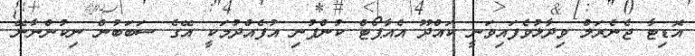
އޮޑިޓާ ޖެނެރަލް ވިދާޅުވެފައިވަނީ ކައްދޫ އެއާޕޯޓް ކުންފުނި އުފެއްދުމަކީ އޭގެ ސަބަބުން ނިކުންނާނޭ